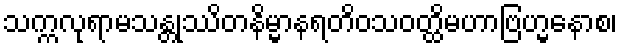
သက္ကလုရာမသန္တုဿိတနိမ္မာနရတိဝသဝတ္ထိမဟာဗြဟ္မနောစ၊